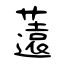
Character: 薳